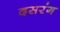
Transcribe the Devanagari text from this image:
दसरंग